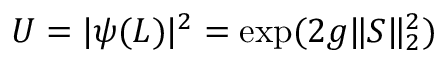
U = \vert \psi ( L ) \vert ^ { 2 } = \exp ( 2 g \| S \| _ { 2 } ^ { 2 } )